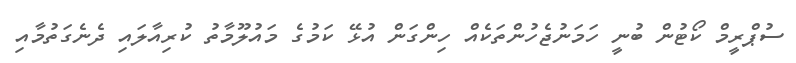
ސުޕްރީމް ކޯޓުން ބުނީ ހަމަނުޖެހުންތަކެއް ހިންގަން އުޅޭ ކަމުގެ މައުލޫމާތު ކުރިއާލައި ދެނެގަތުމާއި